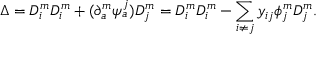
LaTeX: \Delta = D _ { i } ^ { m } D _ { i } ^ { m } + ( \partial _ { a } ^ { m } \psi _ { a } ^ { j } ) D _ { j } ^ { m } = D _ { i } ^ { m } D _ { i } ^ { m } - \sum _ { i \neq j } y _ { i j } \phi _ { j } ^ { m } D _ { j } ^ { m } .